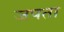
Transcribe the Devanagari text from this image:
जपता